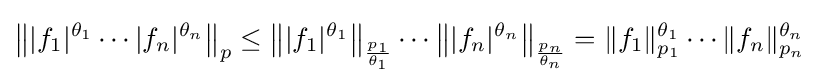
\left\||f_{1}|^{\theta _{1}}\cdots |f_{n}|^{\theta _{n}}\right\|_{p}\leq \left\||f_{1}|^{\theta _{1}}\right\|_{\frac {p_{1}}{\theta _{1}}}\cdots \left\||f_{n}|^{\theta _{n}}\right\|_{\frac {p_{n}}{\theta _{n}}}=\|f_{1}\|_{p_{1}}^{\theta _{1}}\cdots \|f_{n}\|_{p_{n}}^{\theta _{n}}